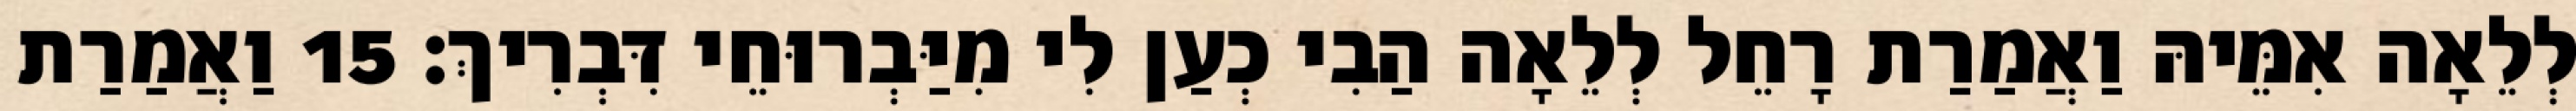
לְלֵאָה אִמֵּיהּ וַאֲמַרַת רָחֵל לְלֵאָה הַבִי כְעַן לִי מִיַּבְרוּחֵי דִּבְרִיךְ׃ 15 וַאֲמַרַת